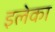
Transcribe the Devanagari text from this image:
इलेका